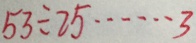
5 3 \div 2 5 \cdots 3